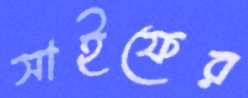
সাইফের